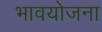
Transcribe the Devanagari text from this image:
भावयोजना